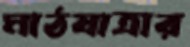
মাঠযাত্রার